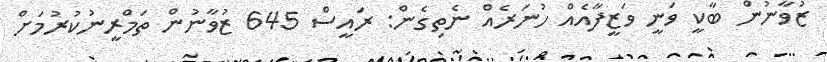
ޒުވާނުން ބާކީ ވަނީ ވަޒީފާއެއް ހުނަރެއް ނެތިގެން: ރައީސް 645 ޒުވާނުން ތަމްރީނުކުރުމަށް